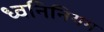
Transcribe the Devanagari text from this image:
ध्वनिनियम